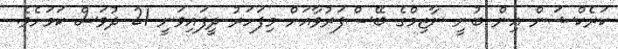
ކަރެކްޝަން އިން ބުނީ ނާޒިމްގެ ބޭސްފަރުވާއަށް މިފަހަރު ދީފައިވަނީ 21 ދުވަސް ކަމަށެވެ.